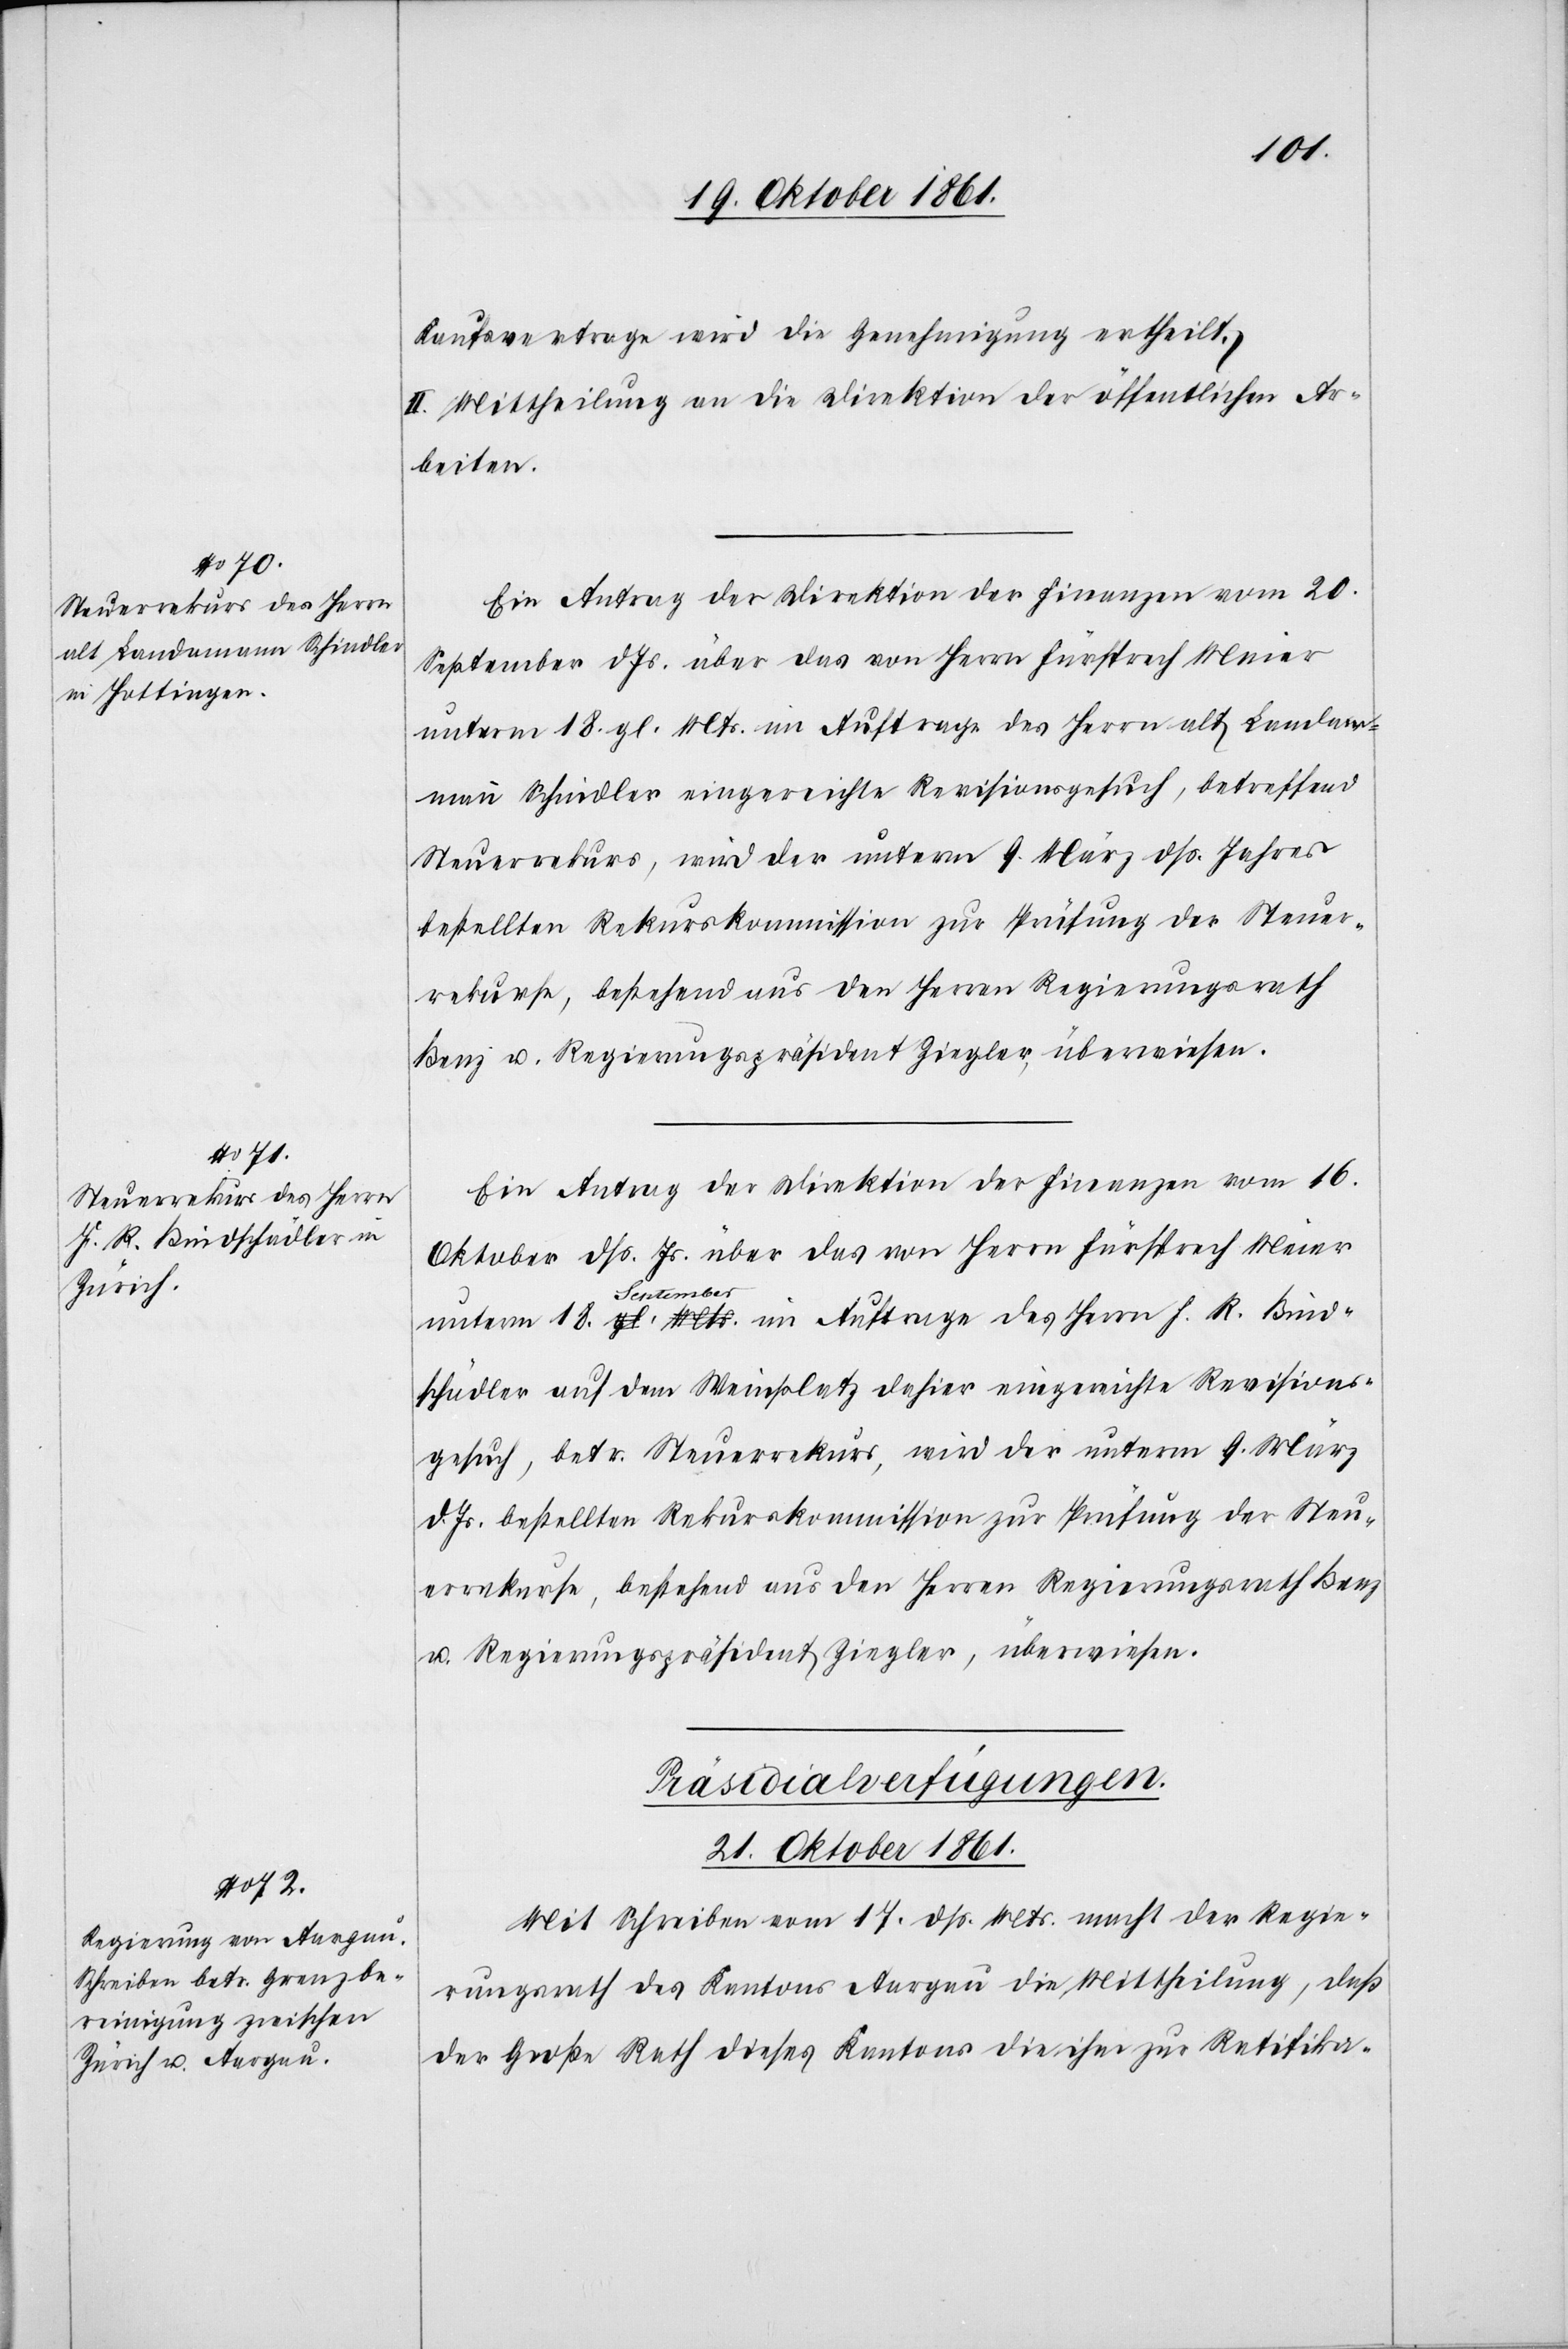
J. R.

Bind¬
Kaufvertrage wird die Genehmigung ertheilt.
II. Mittheilung an die Direktion der öffentlichen Ar¬
beiten.
Ein Antrag der Direktion der Finanzen vom 20
September d. Js. über das von Herrn Fürsprech Meier
unterm 18 gl. Mts. im Auftrage des Herrn alt Landam¬
mann Schindler eingereichte Revisionsgesuch, betreffend
Steuerrekurs, wird der unterm 9 März dß. Jahres
bestellten Rekurskommission zur Prüfung der Steuer¬
rekurse, bestehend aus den Herrn Regierungsrath
Benz u. Regierungspräsident Ziegler, überwiesen.
Ein Antrag der Direktion der Finanzen vom 16
Oktober dß. Js. über das von Herrn Fürsprech Meier
September
schädler auf dem Weinplatz dahier eingereichte Revisions¬
gesuch, betr. Steuerrekurs, wird der unterm 9 März
d. Js. bestellten Rekurskommission zur Prüfung der Steuer¬
Präsidial-Verfügungen.
21 Oktober 1861.
Mit Schreiben vom 17 dß. Mts. macht der Regie¬
rungsrath des Kantons Aargau die Mittheilung, daß
der Große Rath dieses Kantons die ihm zur Ratifika-